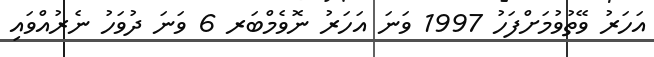
އަހަރު ވޭތުވުމަށްފަހު 1997 ވަނަ އަހަރު ނޮވެމްބަރ 6 ވަނަ ދުވަހު ނެރުއްވައި